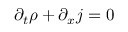
\partial _ { t } \rho + \partial _ { x } j = 0